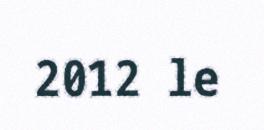
2012 le